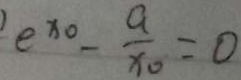
e ^ { x _ { 0 } } - \frac { a } { x _ { 0 } } = 0